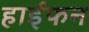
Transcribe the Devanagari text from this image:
हाईफन